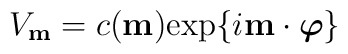
V_{\bf m}=c({\bf m}){\rm exp}\{i{\bf m}\cdot	\mbox{\boldmath$\varphi$}\}